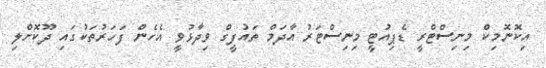
އިކޮނޮމިކް މިނިސްޓްރީ ޑެޕިއުޓީ މިނިސްޓަރު އާދަމް ތައުފީގް ވިދާޅުވީ އެހެން ފަހަރުތަކުގައި ދޫކޮށްލި